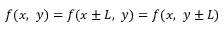
f ( x , \ y ) = f ( x \pm L , \ y ) = f ( x , \ y \pm L )